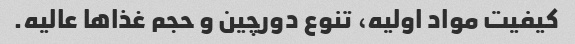
کیفیت مواد اولیه، تنوع دورچین و حجم غذاها عالیه.